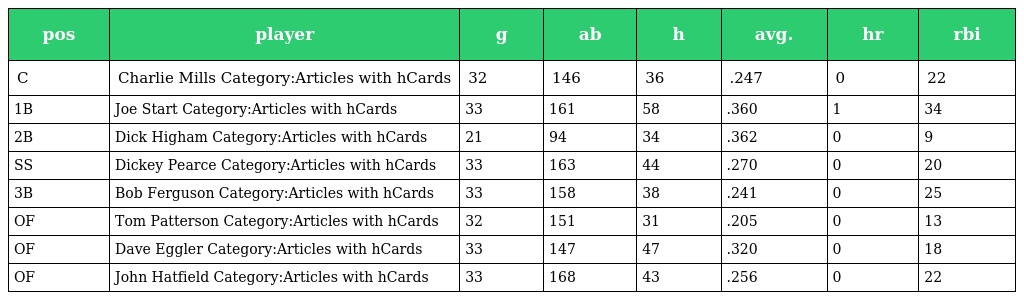
| pos | player | g | ab | h | avg. | hr | rbi |
 | --- | --- | --- | --- | --- | --- | --- | --- |
 | C | Charlie Mills Category:Articles with hCards | 32 | 146 | 36 | .247 | 0 | 22 |
 | 1B | Joe Start Category:Articles with hCards | 33 | 161 | 58 | .360 | 1 | 34 |
 | 2B | Dick Higham Category:Articles with hCards | 21 | 94 | 34 | .362 | 0 | 9 |
 | SS | Dickey Pearce Category:Articles with hCards | 33 | 163 | 44 | .270 | 0 | 20 |
 | 3B | Bob Ferguson Category:Articles with hCards | 33 | 158 | 38 | .241 | 0 | 25 |
 | OF | Tom Patterson Category:Articles with hCards | 32 | 151 | 31 | .205 | 0 | 13 |
 | OF | Dave Eggler Category:Articles with hCards | 33 | 147 | 47 | .320 | 0 | 18 |
 | OF | John Hatfield Category:Articles with hCards | 33 | 168 | 43 | .256 | 0 | 22 |